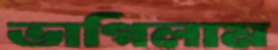
ভাগিলাম